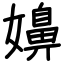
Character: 嬶